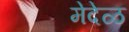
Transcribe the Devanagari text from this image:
मेदेळ